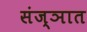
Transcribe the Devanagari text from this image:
संज्ञात